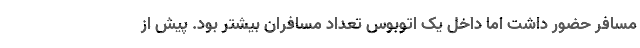
مسافر حضور داشت اما داخل یک اتوبوس تعداد مسافران بیشتر بود. پیش از